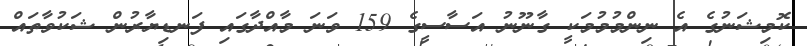
ކޮމިޝަނުގެ އެ ނިންމުމުމަކީ ގާނޫނު އަސާސީގެ 159 ވަނަ މާއްދާގައި ފަނޑިޔާރުން ޝަކުވާތައް